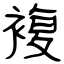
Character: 複